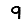
Digit: 9